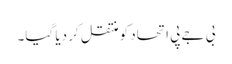
بی جے پی اتحاد کو منتقل کر دیا گیا۔